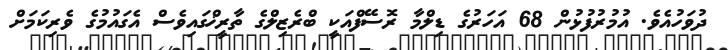
ދުވަހުއެވެ. އުމުރުފުޅުން 68 އަހަރުގެ ޑިލްމާ ރޮސޭފްއަކީ ބްރެޒިލްގެ ތާރީޚްގައިވެސް އެގައުމުގެ ވެރިކަމަށް